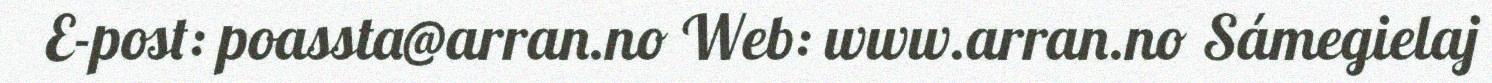
E-post: poassta@arran.no Web: www.arran.no Sámegielaj